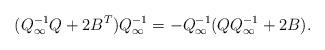
LaTeX: \begin{align*}(Q_{\infty}^{-1}Q+2B^T)Q_{\infty}^{-1}=-Q_{\infty}^{-1}(QQ_{\infty}^{-1}+2B).\end{align*}